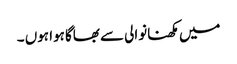
میں مکھنانوالی سے بھاگا ہوا ہوں ۔